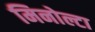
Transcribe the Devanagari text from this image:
मिनोल्टा